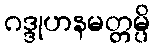
ဂဒ္ဒုဟနမတ္တမ္ပိ